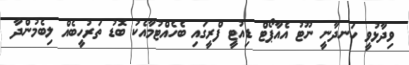
ވިދާޅުވީ ހަނދާނީ ނޫޓު އެއާޕޯޓް ޑިއުޓީ ފްރީގައި ބެހެއްޓުމާއެކު ބޮޑު ތަރުހީބެއް ލިބެމުންދާ